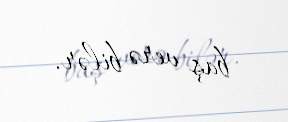
baş verə bilər.